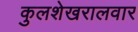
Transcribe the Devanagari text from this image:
कुलशेखरालवार